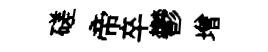
磋帝卒鬱增